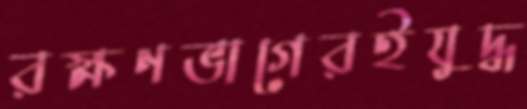
রক্ষণভাগেরইযুদ্ধ